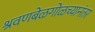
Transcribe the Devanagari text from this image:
श्रवणबेळगोळच्यानंतर